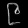
Digit: ၉